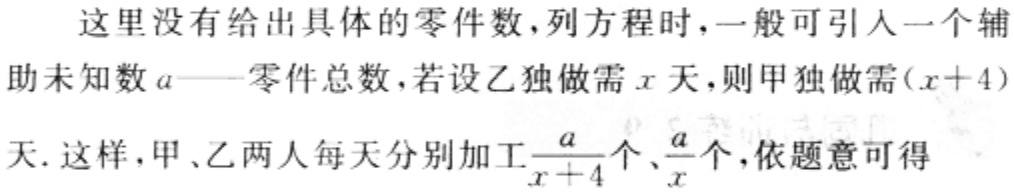
这里没有给出具体的零件数,列方程时，一般可引入一个辅助未知数\(a\)——零件总数，若设乙独做需\(x\)天，则甲独做需\((x + 4)\)天. 这样，甲、乙两人每天分别加工\(\frac{a}{x + 4}\)个、\(\frac{a}{x}\)个，依题意可得